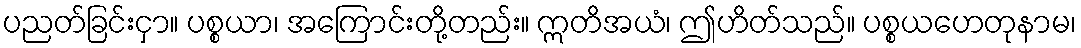
ပညတ်ခြင်းငှာ။ ပစ္စယာ၊ အကြောင်းတို့တည်း။ ဣတိအယံ၊ ဤဟိတ်သည်။ ပစ္စယဟေတုနာမ၊